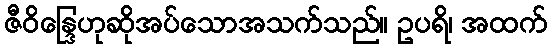
ဇီဝိန္ဒြေဟုဆိုအပ်သောအသက်သည်။ ဥပရိ၊ အထက်